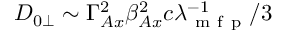
D _ { 0 \perp } \sim \Gamma _ { A x } ^ { 2 } \beta _ { A x } ^ { 2 } c \lambda _ { \mathrm { ~ m ~ f ~ p ~ } } ^ { - 1 } / 3